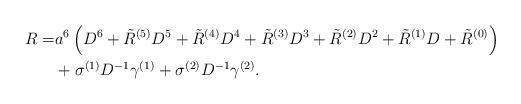
LaTeX: \begin{align*}R=&a^6 \left( D^6+ \tilde{R}^{(5)}D^5 + \tilde{R}^{(4)}D^4 + \tilde{R}^{(3)}D^3 + \tilde{R}^{(2)}D^2 + \tilde{R}^{(1)}D + \tilde{R}^{(0)}\right) \\&+\sigma^{(1)} D^{-1}\gamma^{(1)}+\sigma^{(2)} D^{-1}\gamma^{(2)}. \end{align*}